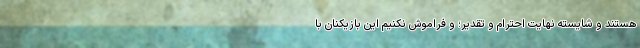
هستند و شایسته نهایت احترام و تقدیر؛ و فراموش نکنیم این بازیکنان با